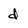
Character: d